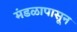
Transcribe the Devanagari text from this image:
मंडळापासून